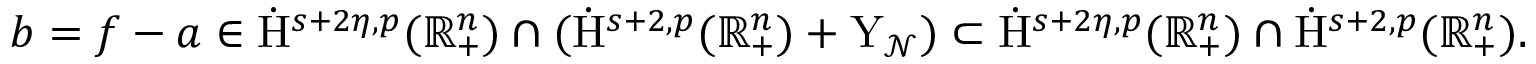
\begin{array} { r } { b = f - a \in \dot { \mathrm { H } } ^ { s + 2 \eta , p } ( \mathbb { R } _ { + } ^ { n } ) \cap ( \dot { \mathrm { H } } ^ { s + 2 , p } ( \mathbb { R } _ { + } ^ { n } ) + \mathrm { Y } _ { \mathcal { N } } ) \subset \dot { \mathrm { H } } ^ { s + 2 \eta , p } ( \mathbb { R } _ { + } ^ { n } ) \cap \dot { \mathrm { H } } ^ { s + 2 , p } ( \mathbb { R } _ { + } ^ { n } ) \mathrm { . ~ } } \end{array}